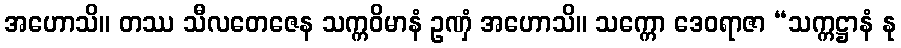
အဟောသိ။ တဿ သီလတေဇေန သက္ကဝိမာနံ ဥဏှံ အဟောသိ။ သက္ကော ဒေဝရာဇာ “သက္ကဋ္ဌာနံ နု